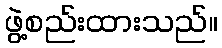
ဖွဲ့စည်းထားသည်။